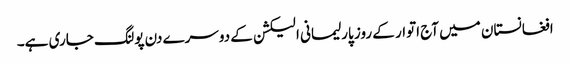
افغانستان میں آج اتوار کے روز پارلیمانی الیکشن کے دوسرے دن پولنگ جاری ہے۔